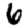
Digit: 6